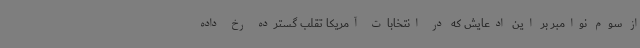
از سوم نوامبر بر این ادعایش که در انتخابات آمریکا تقلب گسترده رخ داده